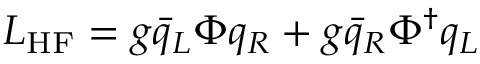
{ \cal L } _ { \mathrm { H F } } = g \bar { q } _ { L } \Phi q _ { R } + g \bar { q } _ { R } \Phi ^ { \dagger } q _ { L }